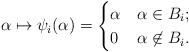
LaTeX: \begin{align*} \alpha\mapsto\psi_i(\alpha)=\begin{cases}\alpha& \alpha\in B_i;\\ 0& \alpha\not \in B_i.\end{cases}\end{align*}